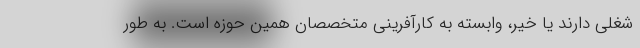
شغلی دارند یا خیر، وابسته به کارآفرینی متخصصان همین حوزه است. به طور